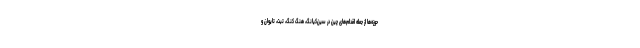
حوزه‌ها از جمله اقدام‌های چین در سین‌کیانگ، هنگ کنگ، تبت، تایوان و